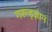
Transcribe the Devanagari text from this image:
गरूड़ज्ञान